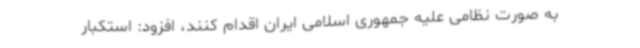
به صورت نظامی علیه جمهوری اسلامی ایران اقدام کنند، افزود: استکبار